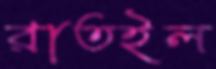
রাতইল